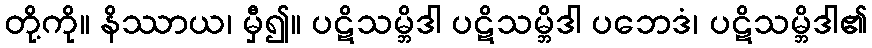
တို့ကို။ နိဿာယ၊ မှီ၍။ ပဋိသမ္ဘိဒါ ပဋိသမ္ဘိဒါ ပဘေဒံ၊ ပဋိသမ္ဘိဒါ၏